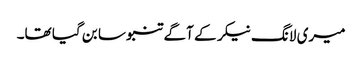
میری لانگ نیکر کے آگے تنبو سا بن گیا تھا۔